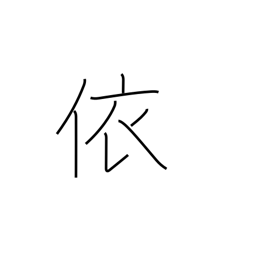
Meaning: therefore